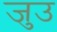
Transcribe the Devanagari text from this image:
जुउ